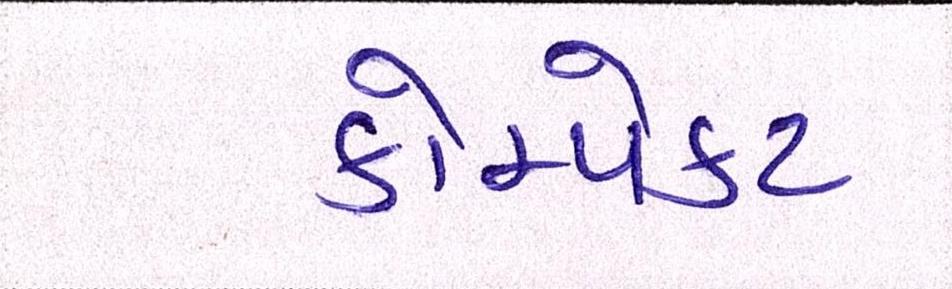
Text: કોમ્પેક્ટ